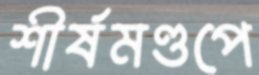
শীর্ষমণ্ডপে